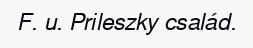
F. u. Prileszky család.